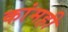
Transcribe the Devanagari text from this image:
कांमही